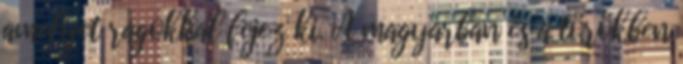
amelyet ragokkal fejez ki. A magyarban és a törökben